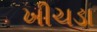
ખીચડા